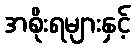
အစိုးရများနှင့်